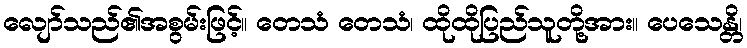
လျော်သည်၏အစွမ်းဖြင့်။ တေသံ တေသံ၊ ထိုထိုပြည်သူတို့အား။ ပေသေန္တိ၊